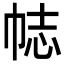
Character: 𢂴